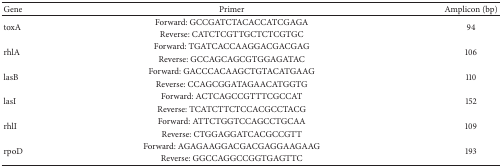
<table><thead><tr><td><b>Gene</b></td><td><b>Primer</b></td><td><b>Amplicon (bp)</b></td></tr></thead><tbody><tr><td rowspan="2">toxA</td><td>Forward: GCCGATCTACACCATCGAGA</td><td rowspan="2">94</td></tr><tr><td>Reverse: CATCTCGTTGCTCTCGTGC</td></tr><tr><td rowspan="2">rhlA</td><td>Forward: TGATCACCAAGGACGACGAG</td><td rowspan="2">106</td></tr><tr><td>Reverse: GCCAGCAGCGTGGAGATAC</td></tr><tr><td rowspan="2">lasB</td><td>Forward: GACCCACAAGCTGTACATGAAG</td><td rowspan="2">110</td></tr><tr><td>Reverse: CCAGCGGATAGAACATGGTG</td></tr><tr><td rowspan="2">lasI</td><td>Forward: ACTCAGCCGTTTCGCCAT</td><td rowspan="2">152</td></tr><tr><td>Reverse: TCATCTTCTCCACGCCTACG</td></tr><tr><td rowspan="2">rhlI</td><td>Forward: ATTCTGGTCCAGCCTGCAA</td><td rowspan="2">109</td></tr><tr><td>Reverse: CTGGAGGATCACGCCGTT</td></tr><tr><td rowspan="2">rpoD</td><td>Forward: AGAGAAGGACGACGAGGAAGAAG</td><td rowspan="2">193</td></tr><tr><td>Reverse: GGCCAGGCCGGTGAGTTC</td></tr></tbody></table>